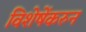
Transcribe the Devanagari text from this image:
विशेषेंकरुन